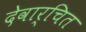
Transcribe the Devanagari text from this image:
देवार्चित